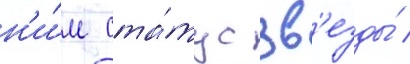
н'и́м ста́тус зв'езды́ /